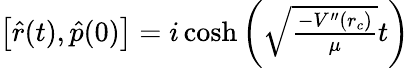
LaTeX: \begin{array}{r}{\left[{\hat{r}}(t),{\hat{p}}(0)\right]=i\cosh\left(\sqrt{\frac{-V^{\prime\prime}(r_{c})}{\mu}}t\right)}\end{array}